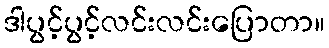
ဒါပွင့်ပွင့်လင်းလင်းပြောတာ။